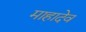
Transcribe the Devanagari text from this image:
माहादेव